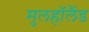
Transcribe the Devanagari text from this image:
मुलहॉलैंड